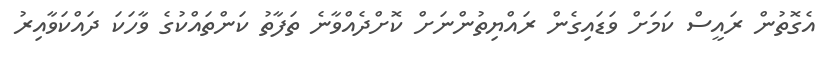
އެގޮތުން ރައީސް ކަމަށް ވަޑައިގެން ރައްޔިތުންނަށް ކޮށްދެއްވާނެ ތަފާތު ކަންތައްކުގެ ވާހަކަ ދައްކަވާއިރު